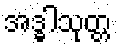
အဒ္ဓါသုတ္တ